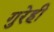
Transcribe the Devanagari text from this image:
गुरेही